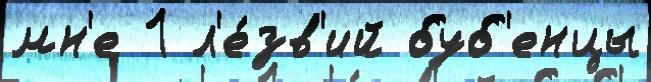
мн'е 1 л'е́зв'ий буб'енцы